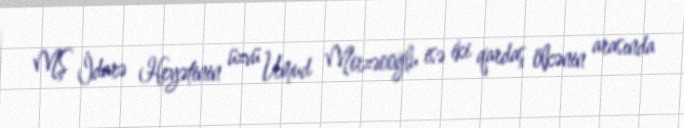
MŞ İdarə Heyətinin üzvü Umud Mirzəooğlu isə iki qardaş ölkənin arasında